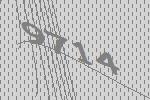
9714